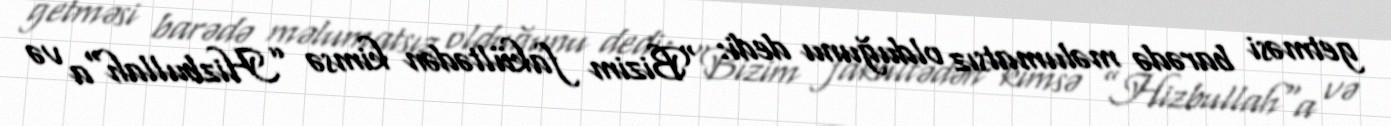
getməsi barədə məlumatsız olduğunu dedi: “Bizim fakültədən kimsə ”Hizbullah"a və